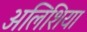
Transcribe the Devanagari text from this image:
अलिशिया